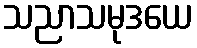
သညာသမုဒယေ